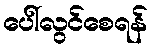
ပေါ်လွင်စေရန်